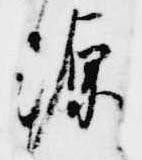
源